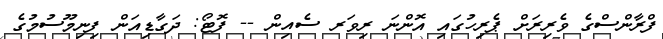
ފްރާންސްގެ ވެރިރަށް ޕެރިހުގައި އޮންނަ ރިވަރ ސެއިން -- ފޮޓޯ: ދަގާޑިއަން ފިނިމޫސުމުގެ